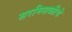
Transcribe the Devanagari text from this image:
सरमिसळीचे